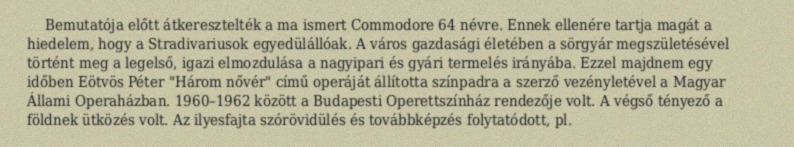
Bemutatója előtt átkeresztelték a ma ismert Commodore 64 névre. Ennek ellenére tartja magát a hiedelem, hogy a Stradivariusok egyedülállóak. A város gazdasági életében a sörgyár megszületésével történt meg a legelső, igazi elmozdulása a nagyipari és gyári termelés irányába. Ezzel majdnem egy időben Eötvös Péter "Három nővér" című operáját állította színpadra a szerző vezényletével a Magyar Állami Operaházban. 1960–1962 között a Budapesti Operettszínház rendezője volt. A végső tényező a földnek ütközés volt. Az ilyesfajta szórövidülés és továbbképzés folytatódott, pl.